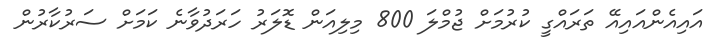
އައިއެންއައިއޭ ތަރައްގީ ކުރުމަށް ޖުމްލަ 800 މިލިއަން ޑޮލަރު ހަރަދުވާނެ ކަމަށް ސަރުކާރުން